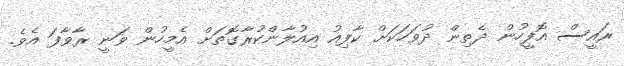
ރައީސް އޮފީހުން ދެތިން ދުވަހަކަށް ކާފިއު އިއުލާންކުރާގޮތަށް އެމީހުން ވަނީ ރާވާފަ އެވެ.